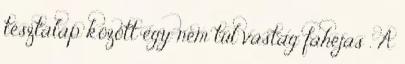
tésztalap között egy nem túl vastag fahéjas . A